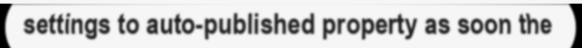
settings to auto-published property as soon the